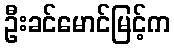
ဦးခင်မောင်မြင့်က